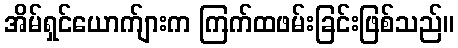
အိမ်ရှင်ယောက်ျားက ကြက်ထဖမ်းခြင်းဖြစ်သည်။